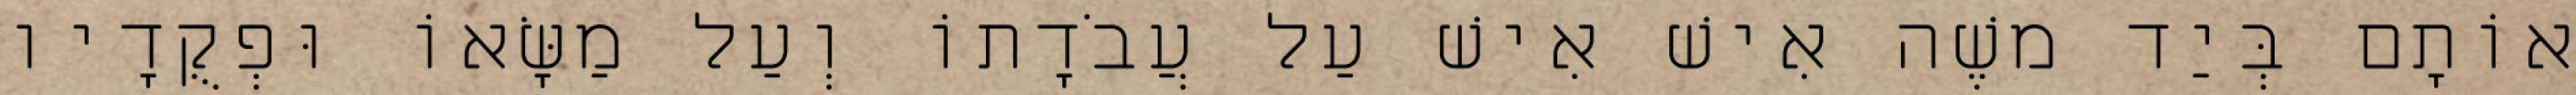
אוֹתָם בְּיַד משֶׁה אִישׁ אִישׁ עַל עֲבֹדָתוֹ וְעַל מַשָּׂאוֹ וּפְקֻדָיו